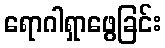
ရောဂါရှာဖွေခြင်း